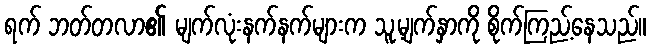
ရက် ဘတ်တလာ၏ မျက်လုံးနက်နက်များက သူ့မျက်နှာကို စိုက်ကြည့်နေသည်။